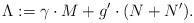
LaTeX: \begin{align*}\Lambda : = \gamma \cdot M + g^\prime \cdot (N+N^\prime).\end{align*}